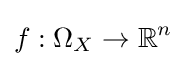
f:\Omega _{X}\to \mathbb {R} ^{n}